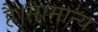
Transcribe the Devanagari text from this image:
हैं।सामान्य